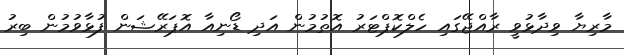
މާރިޔާ ވިދާޅުވީ ރާއްޖޭގައި ހެލްކޮޕްޓަރު އޮތުމުން އަދި ޑޯނިއާ އޮޕަރޭޝަން ފުޅާވުމުން ބިރު